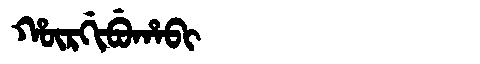
Manchu: ᡥᡡᡵᡤᡳᠪᡠᡥᠠᠪᡳ
Romanization: HŪRGIBUHABI